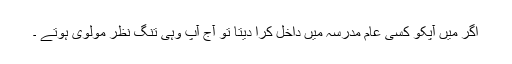
اگر میں آپکو کسی عام مدرسہ میں داخل کرا دیتا تو آج آپ وہی تنگ نظر مولوی ہوتے ۔